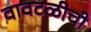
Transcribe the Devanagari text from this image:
वावटळीची